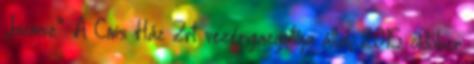
„biznisz”. A Cívis Ház Zrt. vezérigazgatója által, 2015. október